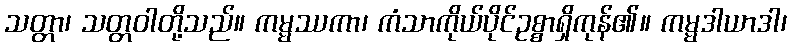
သတ္တာ၊ သတ္တဝါတို့သည်။ ကမ္မဿကာ၊ ကံသာကိုယ်ပိုင်ဥစ္စာရှိကုန်၏။ ကမ္မဒါယာဒါ၊